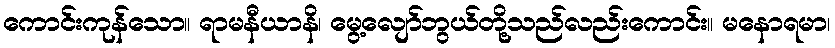
ကောင်းကုန်သော။ ရာမနီယာနိ၊ မွေ့လျော်ဘွယ်တို့သည်လည်းကောင်း။ မနောရမာ၊